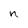
Character: n